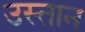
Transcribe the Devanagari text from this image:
उस्तान